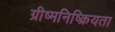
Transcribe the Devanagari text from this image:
ग्रीष्मनिष्क्रियता